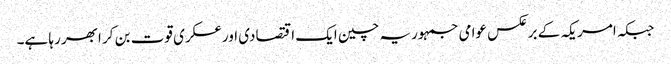
جبکہ امریکہ کے برعکس عوامی جمہوریہ چین ایک اقتصادی اورعسکری قوت بن کر ابھر رہا ہے۔